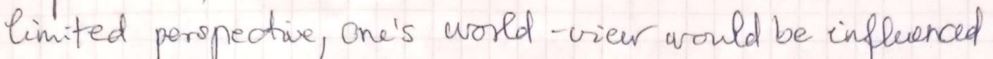
limited perspective, One's world - view would be influenced